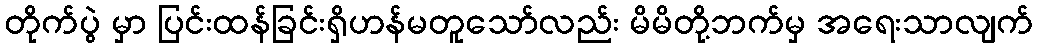
တိုက်ပွဲ မှာ ပြင်းထန်ခြင်းရှိဟန်မတူသော်လည်း မိမိတို့ဘက်မှ အရေးသာလျက်